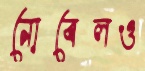
নোবেলও